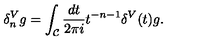
\delta _ { n } ^ { V } g = \int _ { \cal C } { \frac { d t } { 2 \pi i } } t ^ { - n - 1 } \delta ^ { V } ( t ) g .